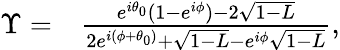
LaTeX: \begin{array}{rl}{\Upsilon=}&{{}\frac{e^{i\theta_{0}}(1-e^{i\phi})-2\sqrt{1-L}}{2e^{i(\phi+\theta_{0})}+\sqrt{1-L}-e^{i\phi}\sqrt{1-L}},}\end{array}